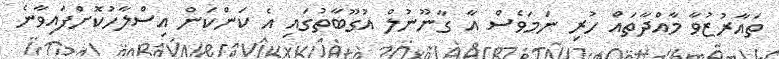
ތައާރުޒުވާ މާއްދާތައް ހުރި ނަމަވެސް އާ ގާނޫނުލް އުގޫބާތުގައި އެ ކަންކަން އިސްލާހުކޮށްފައިވާނެ